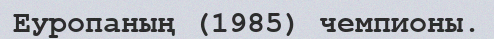
Еуропаның (1985) чемпионы.